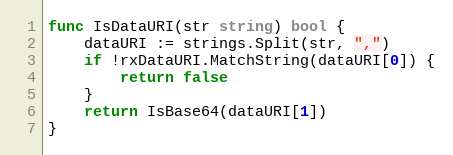
Language: Go
func IsDataURI(str string) bool {
	dataURI := strings.Split(str, ",")
	if !rxDataURI.MatchString(dataURI[0]) {
		return false
	}
	return IsBase64(dataURI[1])
}